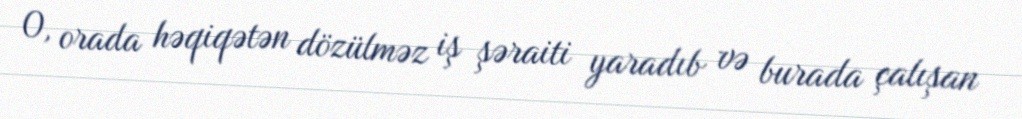
O, orada həqiqətən dözülməz iş şəraiti yaradıb və burada çalışan